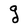
Character: g